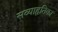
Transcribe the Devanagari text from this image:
सव्याहृतिका